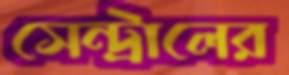
সেন্ট্রালের